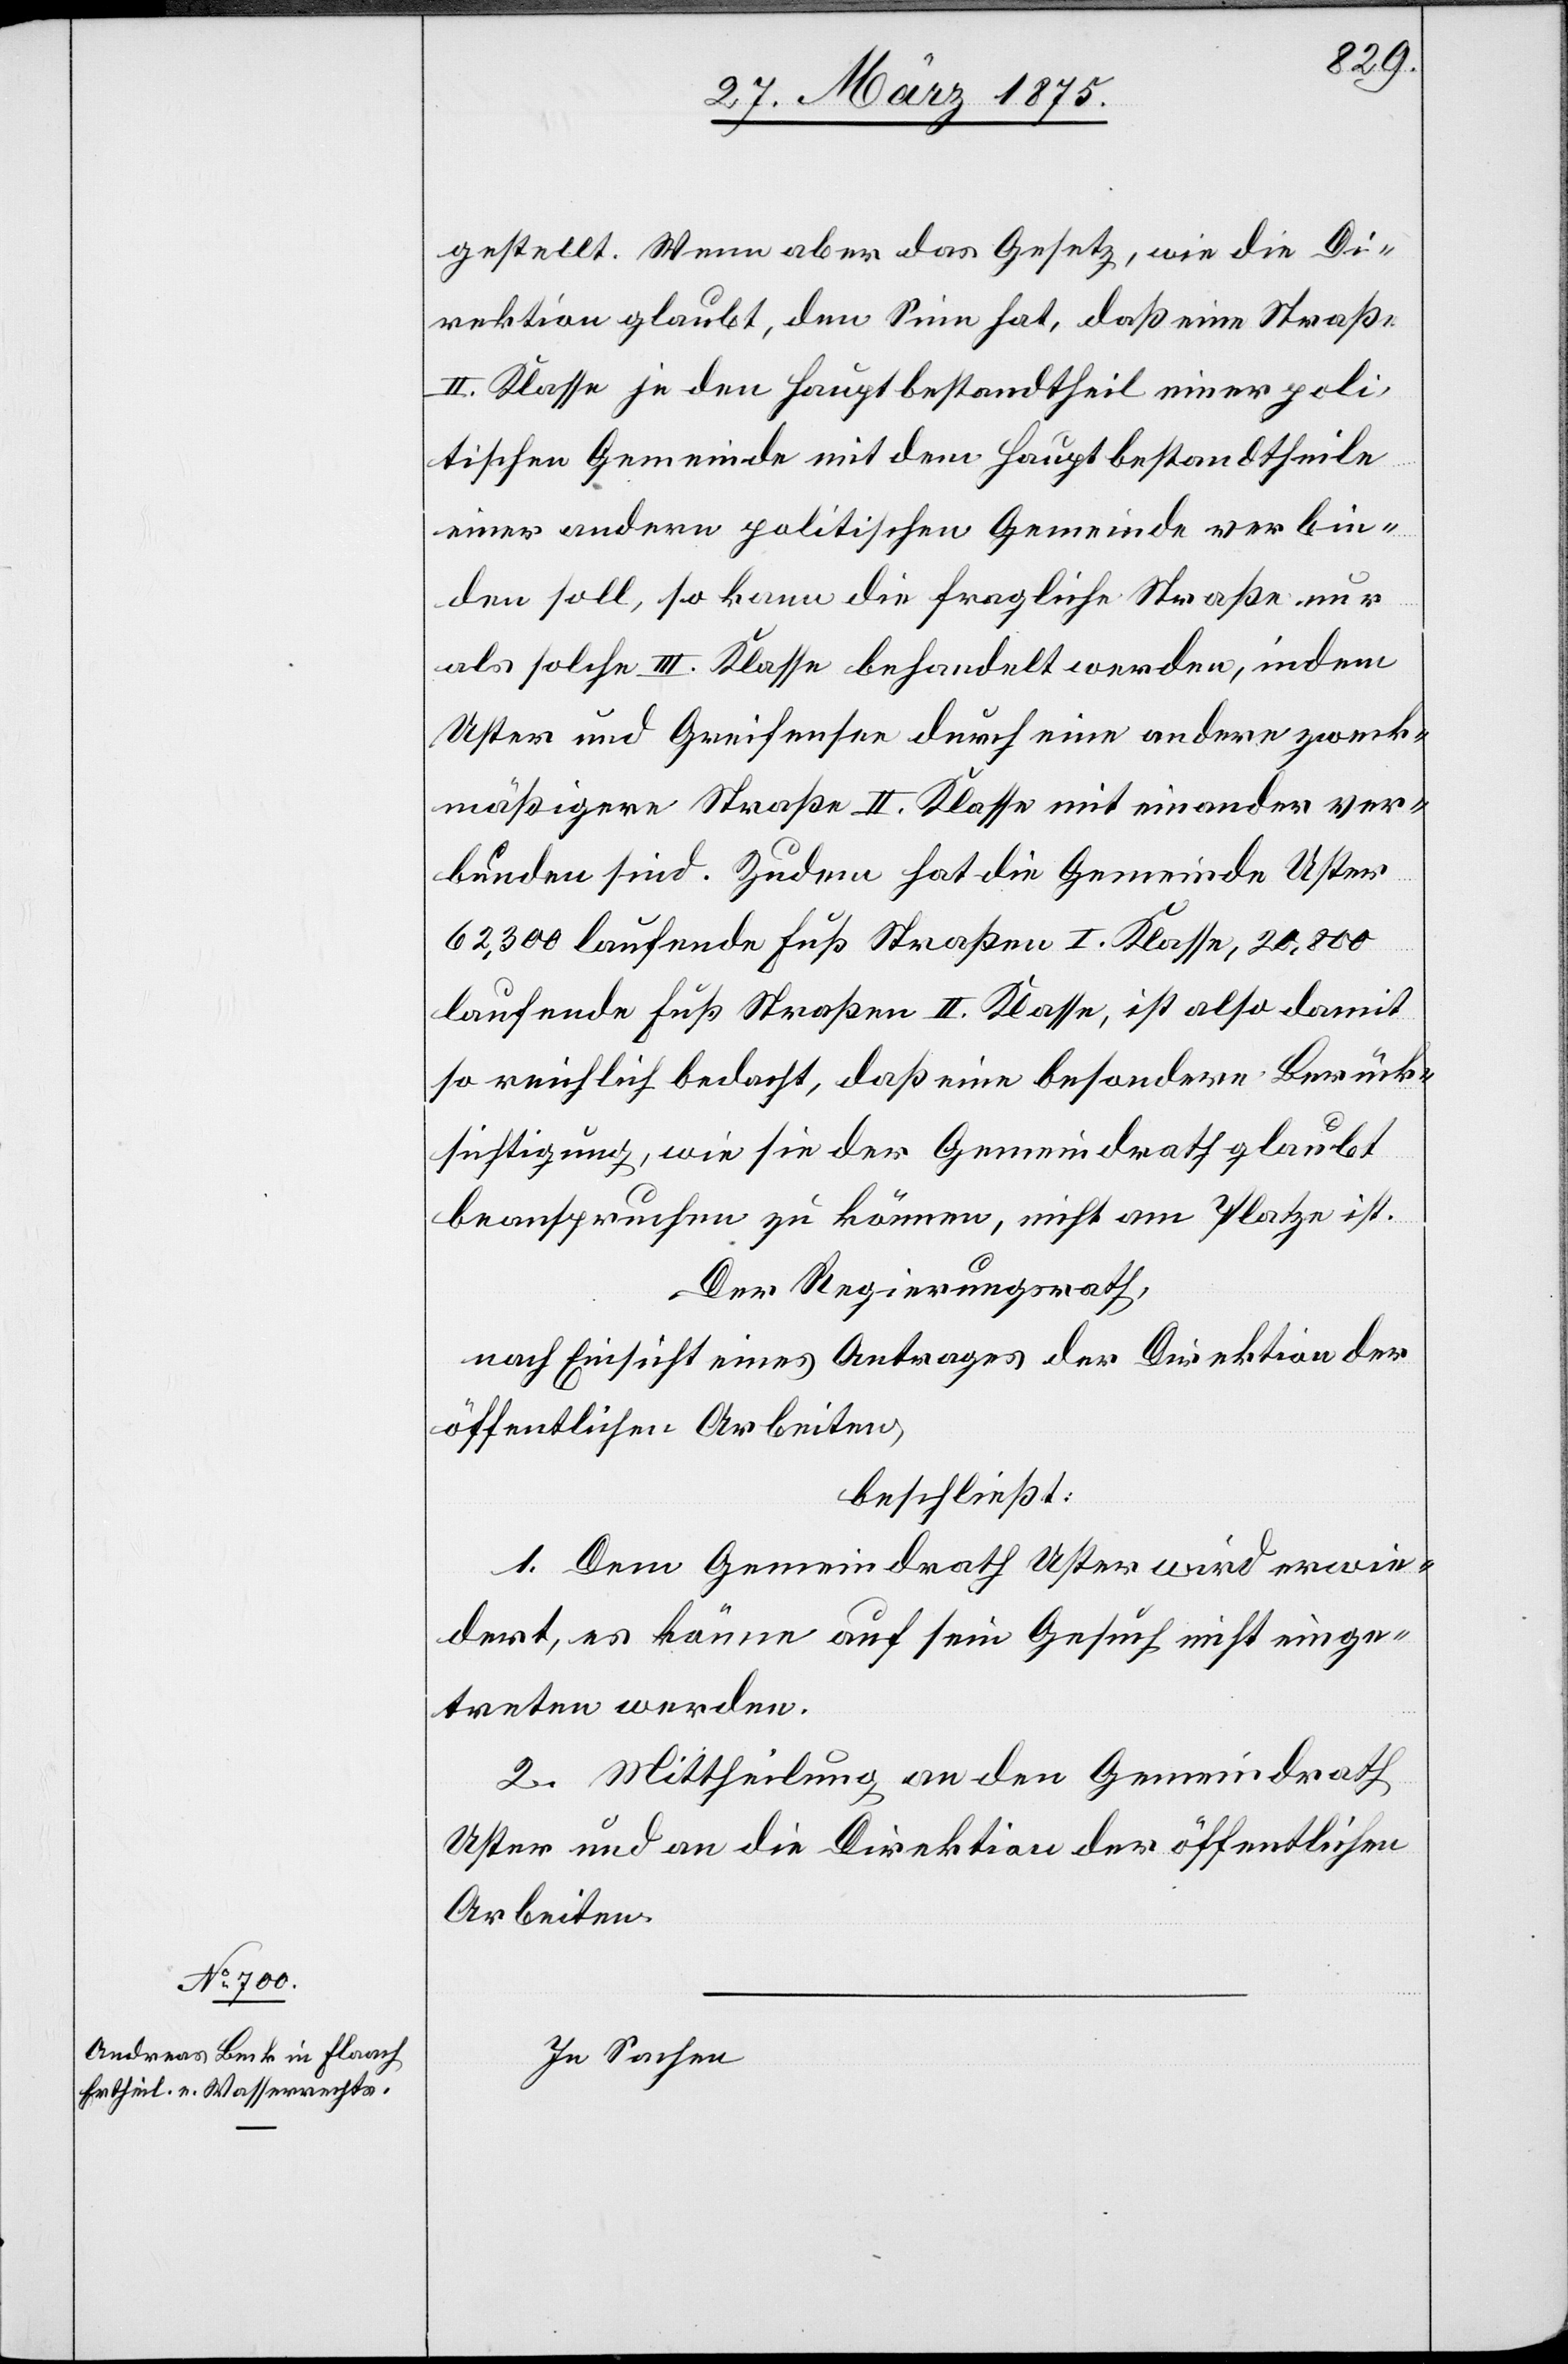
gestellt. Wenn eben das Gesetz, wie die Di¬
rektion glaubt, den Sinn hat, daß eine Straße
II. Klasse je den Hauptbestandtheil einer anderen poli¬
tischen Gemeinde verbinden soll, so kann die
als solche III. Klasse behandelt werden, indem
Uster und Greifensee durch eine andere zweck¬
mäßigere Straße II. Klasse miteinander ver¬
bunden sind. Zudem hat die Gemeinde Uster
62,300 laufende Fuß Straßen I. Klasse, 20,800
laufende Fuß Straßen II. Klasse, ist also damit
so reichlich bedacht, daß eine besondere Berück¬
sichtigung, wie sie der Gemeindrath glaubt
beanspruchen zu können, nicht am Platze ist.
Der Regierungsrath,
nach Einsicht eines Antrages der Direktion der
öffentlichen Arbeiten,
beschließt:
1. Dem Gemeindrath Uster wird erwie¬
dert, es könne auf sein Gesuch nicht einge¬
treten werden.
2. Mittheilung an den Gemeindrath
Uster und an die Direktion der öffentlichen
Arbeiten.
In Sachen